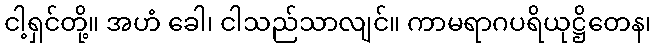
ငါ့ရှင်တို့။ အဟံ ခေါ၊ ငါသည်သာလျင်။ ကာမရာဂပရိယုဋ္ဌိတေန၊